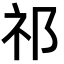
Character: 祁